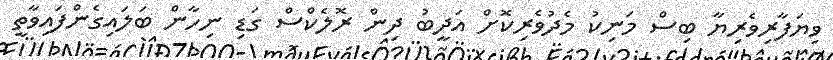
ވިޔަފާރިވެރިޔާ ބިސް މަނިކު މެދުވެރިކޮށް އަދީބު ދިން ރޮލެކްސް ގަޑި ނިހާން ބަލައިގެންފައިވާތީ